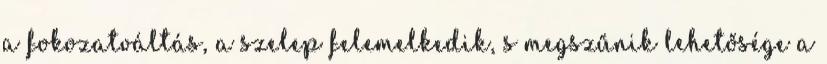
a fokozatváltás, a szelep felemelkedik, s megszűnik lehetősége a